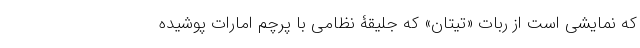
که نمایشی است از ربات «تیتان» که جلیقۀ نظامی با پرچم امارات پوشیده